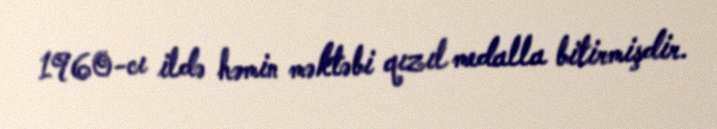
1960-cı ildə həmin məktəbi qızıl medalla bitirmişdir.